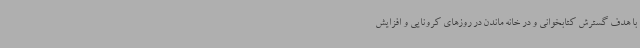
با هدف گسترش کتابخوانی و در خانه ماندن در روزهای کرونایی و افزایش